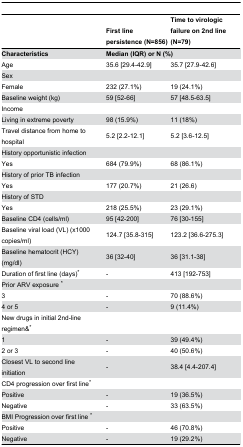
|  | First line persistence (N=856) | Time to virologic failure on 2nd line (N=79) |
 | --- | --- | --- |
 | Characteristics | <COLSPAN=2> Median (IQR) or N (%) |
 | Age | 35.6 [29.4-42.9] | 35.7 [27.9-42.6] |
 | Sex |  |  |
 | Female | 232 (27.1%) | 19 (24.1%) |
 | Baseline weight (kg) | 59 [52-66] | 57 [48.5-63.5] |
 | Income |  |  |
 | Living in extreme poverty | 98 (15.9%) | 11 (18%) |
 | Travel distance from home to hospital | 5.2 [2.2-12.1] | 5.2 [3.6-12.5] |
 | History opportunistic infection |  |  |
 | Yes | 684 (79.9%) | 68 (86.1%) |
 | History of prior TB infection |  |  |
 | Yes | 177 (20.7%) | 21 (26.6) |
 | History of STD |  |  |
 | Yes | 218 (25.5%) | 23 (29.1%) |
 | Baseline CD4 (cells/ml) | 95 [42-200] | 76 [30-155] |
 | Baseline viral load (VL) (x1000 copies/ml) | 124.7 [35.8-315] | 123.2 [36.6-275.3] |
 | Baseline hematocrit (HCY) (mg/dl) | 36 [32-40] | 36 [31.1-38] |
 | Duration of first line (days)* | - | 413 [192-753] |
 | Prior ARV exposure * |  |  |
 | 3 | - | 70 (88.6%) |
 | 4 or 5 | - | 9 (11.4%) |
 | New drugs in initial 2nd-line regimen&* |  |  |
 | 1 | - | 39 (49.4%) |
 | 2 or 3 | - | 40 (50.6%) |
 | Closest VL to second line initiation | - | 38.4 [4.4-207.4] |
 | CD4 progression over first line* |  |  |
 | Positive | - | 19 (36.5%) |
 | Negative | - | 33 (63.5%) |
 | BMI Progression over first line * |  |  |
 | Positive | - | 46 (70.8%) |
 | Negative | - | 19 (29.2%) |